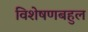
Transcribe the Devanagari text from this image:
विशेषणबहुल